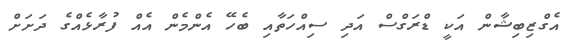
އެގްޒިބިޝާން އަކީ ޑްރަގްސް އަދި ސިއްހަތާއި ބެހޭ އެންމެން އެއް ފުރާޅެއްގެ ދަށަށް